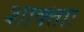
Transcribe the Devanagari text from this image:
शाक्ताः